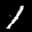
Label: 1